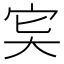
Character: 𡧠